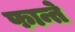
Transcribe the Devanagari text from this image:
फान्ते